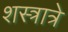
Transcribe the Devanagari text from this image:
शस्त्रात्रे